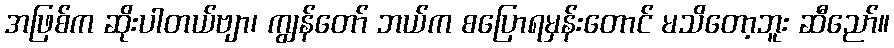
အဖြစ်က ဆိုးပါတယ်ဗျာ၊ ကျွန်တော် ဘယ်က စပြောရမှန်းတောင် မသိတော့ဘူး ဆီညော်။